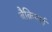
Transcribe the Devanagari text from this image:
बैक्रियाई